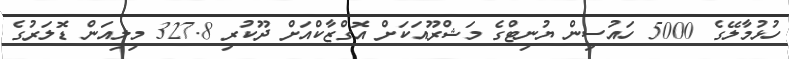
ހުޅުމާލޭގެ 5000 ހައުސިން ޔުނިޓްގެ މަޝްރޫއަކަށް އޮގްޒާކްއަށް ދޫކުރި 327.8 މިލިއަން ޑޮލަރުގެ